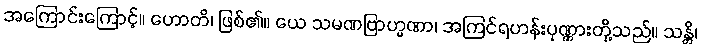
အကြောင်းကြောင့်။ ဟောတိ၊ ဖြစ်၏။ ယေ သမဏဗြာဟ္မဏာ၊ အကြင်ရဟန်းပုဏ္ဏားတို့သည်။ သန္တိ၊